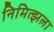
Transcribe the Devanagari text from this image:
निमित्झला